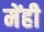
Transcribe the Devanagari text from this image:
मेंही